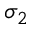
\sigma _ { 2 }